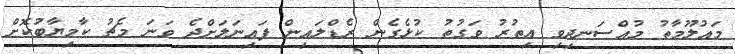
މައުލޫމާތު މުއްސަނދިވި އިތުރު ވަގުތު ކުޅެގެން ރެޑްލައިން ފައިނަލަށްދެ ވަނަ މެޗު ކާމިޔާބުކޮށް